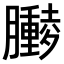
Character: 𫇁